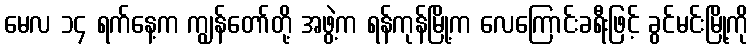
မေလ ၁၄ ရက်နေ့က ကျွန်တော်တို့ အဖွဲ့က ရန်ကုန်မြို့က လေကြောင်းခရီးဖြင့် ခွင်မင်းမြို့ကို